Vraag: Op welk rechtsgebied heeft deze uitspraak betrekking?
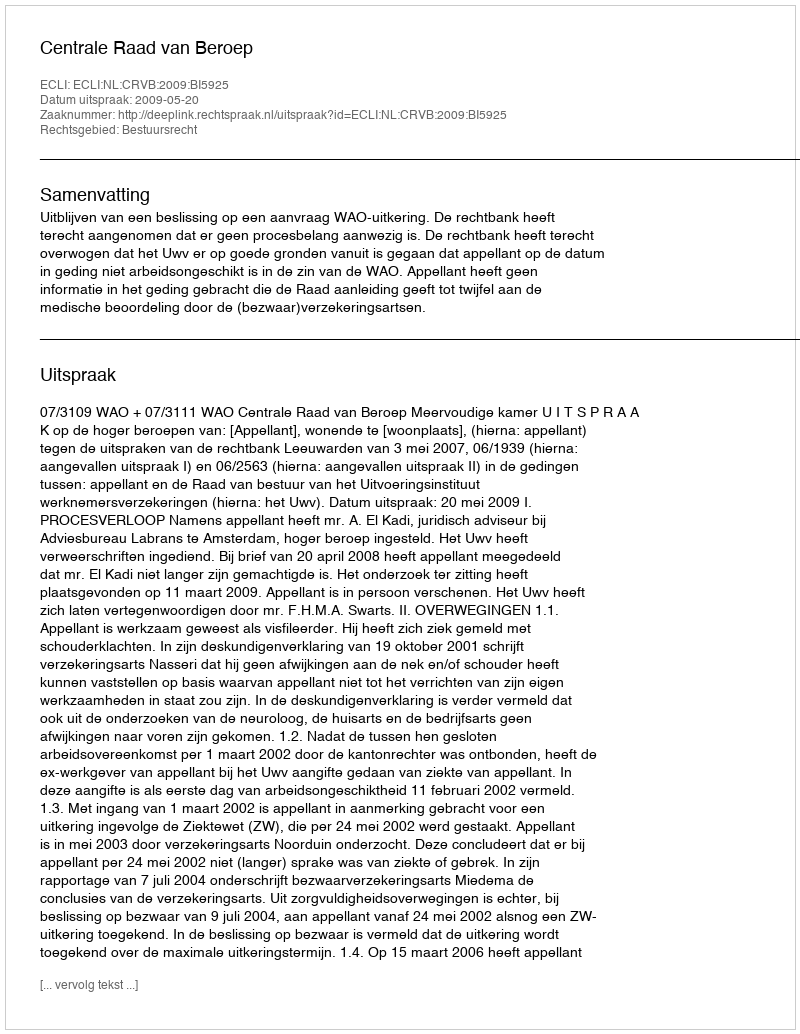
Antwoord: Bestuursrecht